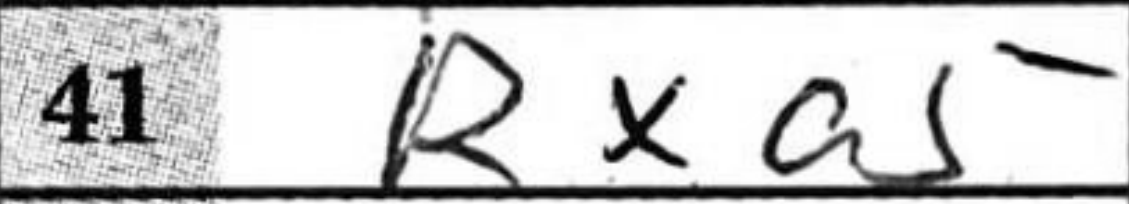
Transcription: Rxa5